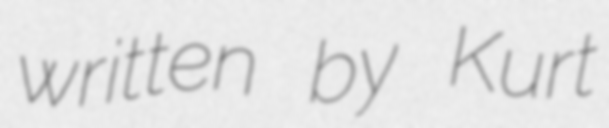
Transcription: written by Kurt